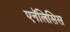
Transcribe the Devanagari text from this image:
एनॅलिसिस